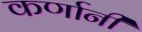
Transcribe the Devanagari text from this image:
कर्णानी